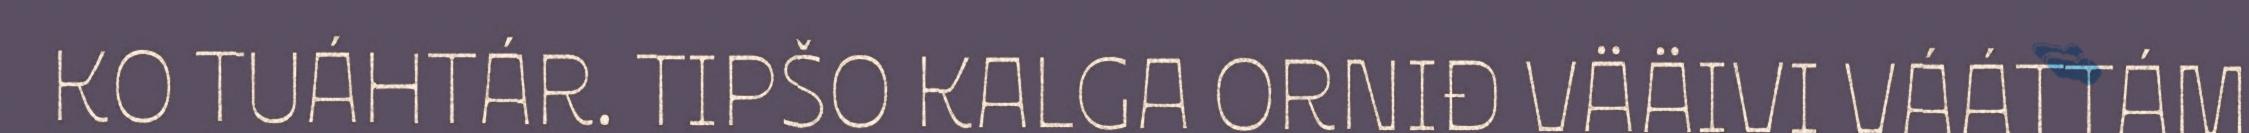
KO TUÁHTÁR. TIPŠO KALGA ORNIĐ VÄÄIVI VÁÁTTÁM